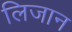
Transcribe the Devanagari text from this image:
लिजान